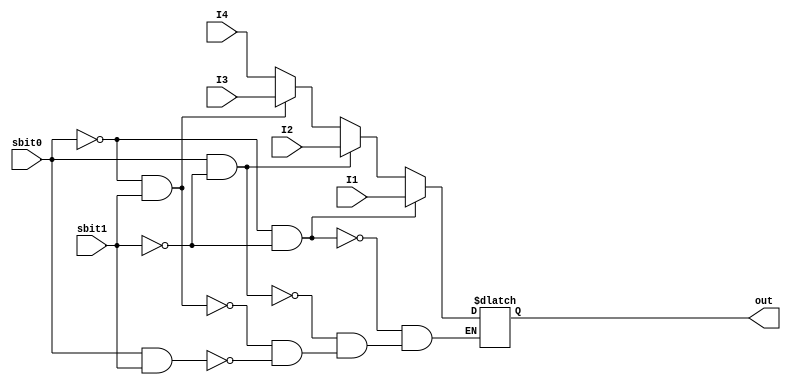
`timescale 1ns/1ns
module multiplexer(I1, I2, I3, I4, sbit0, sbit1, out);
  
  output reg [3:0] out;
  input [3:0] I1, I2, I3, I4;
  input sbit0, sbit1;
 
  
  
  always @ (sbit0 or sbit1) 
  begin
    if(sbit0 == 0 && sbit1 == 0)
      out <= I1;
    else if(sbit0 == 1 && sbit1 == 0)
      out <= I2;
    else if(sbit0 == 0 && sbit1 == 1)
      out <= I3;
    else if(sbit0 == 1 && sbit1 == 1)
      out <= I4;
  end

endmodule